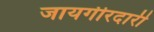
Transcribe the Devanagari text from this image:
जायगीरदारी